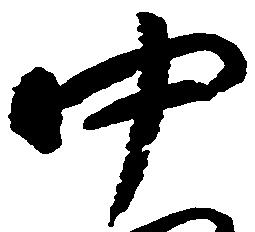
中